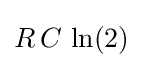
R\,C\,\ln(2)